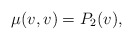
\begin{align*} \mu(v,v)=P_2(v),\end{align*}